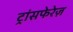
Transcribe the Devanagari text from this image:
ट्रांसफेरेज़